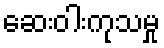
ဆေးဝါးကုသမှု